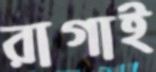
রাগাই